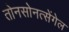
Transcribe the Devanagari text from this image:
तोनसोनत्सेंगेल